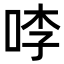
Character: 𭇶